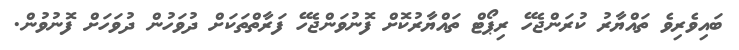
ބައިވެރިވެ ތައްޔާރު ކުރަންޖެހޭ ރިޕޯޓް ތައްޔާރުކޮށް ފޮނުވަންޖެހޭ ފަރާތްތަކަށް ދުވަހުން ދުވަހަށް ފޮނުވުން.